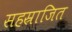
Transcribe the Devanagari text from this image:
सहस्राजित